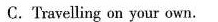
C. Travelling an your own.